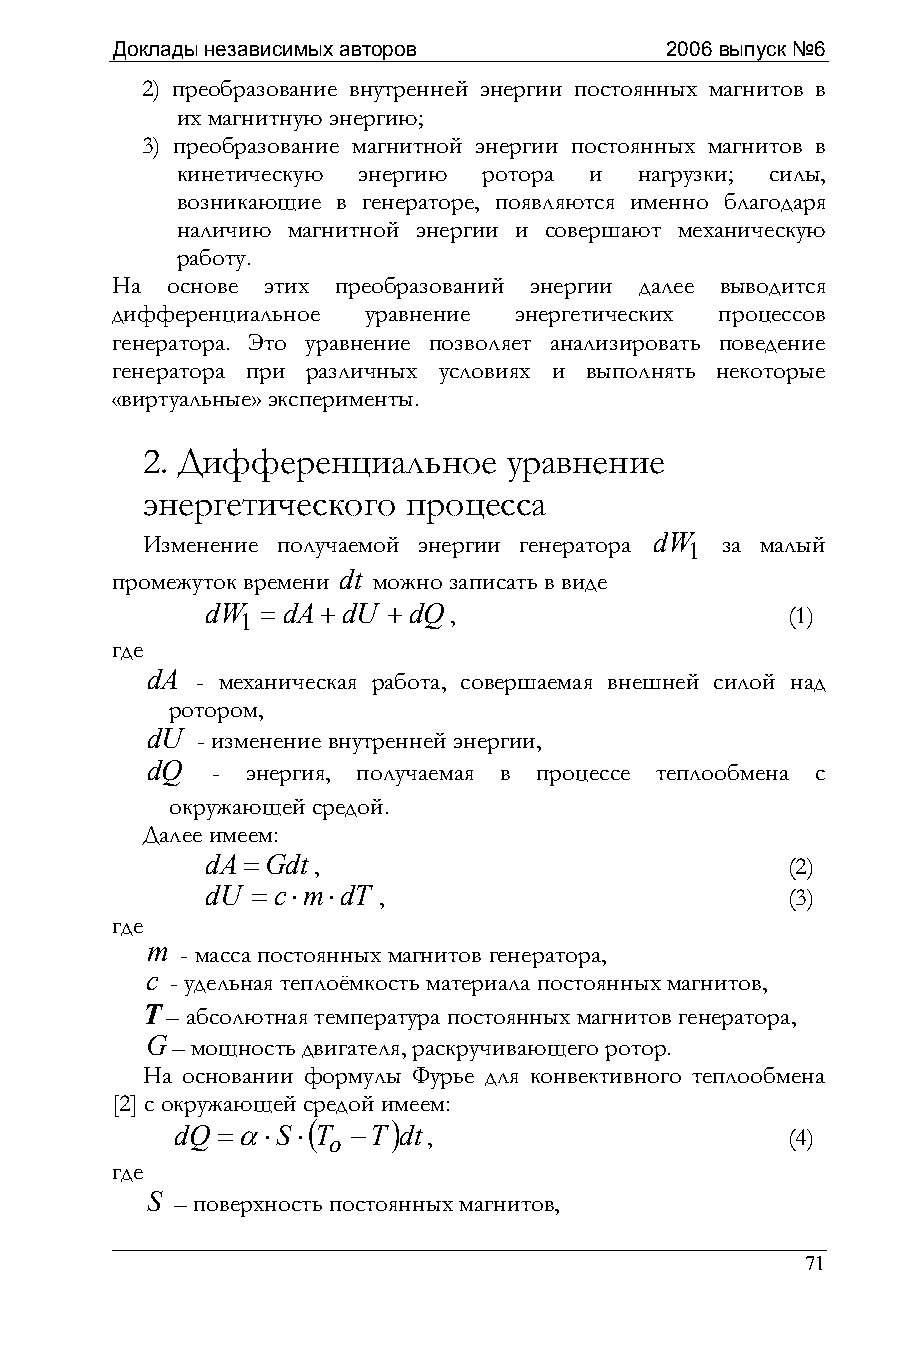
Доклады независимых авторов          2006 выпуск №6
 2) преобразование внутренней энергии постоянных магнитов в
 их магнитную энергию;
 3) преобразование магнитной энергии постоянных магнитов в
 кинетическую энергию ротора и нагрузки; силы,
 возникающие в генераторе, появляются именно благодаря
 наличию магнитной энергии и совершают механическую
 работу.
 На  основе этих преобразований энергии далее выводится
 дифференциальное уравнение энергетических процессов
 генератора. Это уравнение позволяет анализировать поведение
 генератора при различных условиях и выполнять некоторые
 «виртуальные» эксперименты.
 2. Дифференциальное     уравнение
 энергетического   процесса
 Изменение получаемой энергии генератора dW 1 за малый
 промежуток времени dt можно записать в виде
 dW 1 = dA+dU +dQ,                     (1)
 где
 dA - механическая работа, совершаемая внешней силой над
 ротором,
 dU - изменение внутренней энергии,
 dQ  - энергия, получаемая в процессе теплообмена с
 окружающей средой.
 Далее имеем:
 dA=Gdt,                               (2)
 dU = c⋅m⋅dT ,                         (3)
 где
 m - масса постоянных магнитов генератора,
 c - удельная теплоёмкость материала постоянных магнитов,
 Т – абсолютная температура постоянных магнитов генератора,
 G– мощность двигателя, раскручивающего ротор.
 На основании формулы Фурье для конвективного теплообмена
 [2] с окружающей средой имеем:
 (     )
 dQ =α⋅S ⋅ T o −T dt,                    (4)
 где
 S – поверхность постоянных магнитов,
 71